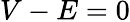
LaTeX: V-E=0